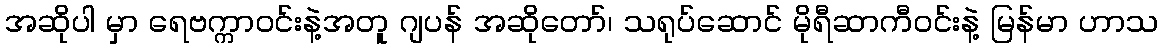
အဆိုပါ မှာ ရေဗက္ကာဝင်းနဲ့အတူ ဂျပန် အဆိုတော်၊ သရုပ်ဆောင် မိုရီဆာကီဝင်းနဲ့ မြန်မာ ဟာသ